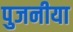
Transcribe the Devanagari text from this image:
पुजनीया